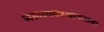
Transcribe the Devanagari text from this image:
जलव्यवस्थापनाचा